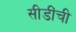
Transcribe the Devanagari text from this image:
सीडींची